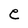
Character: e